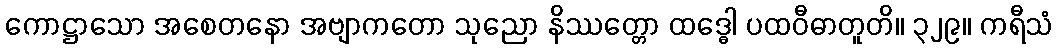
ကောဋ္ဌာသော အစေတနော အဗျာကတော သုညော နိဿတ္တော ထဒ္ဓေါ ပထဝီဓာတူတိ။ ၃၂၉။ ကရီသံ